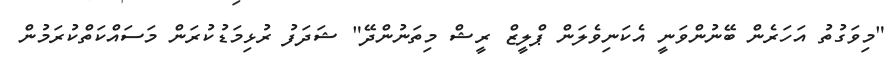
"މިވަގުތު އަހަރެން ބޭނުންވަނީ އެކަނިވެލަން ޕްލީޒް ރީޝް މިތަނުންދޭ" ޝަދަފު ރުޅިމަޑުކުރަން މަސައްކަތްކުރަމުން